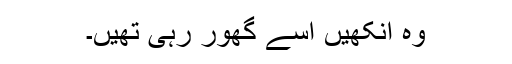
وہ آنکھیں اُسے گھور رہی تھیں۔